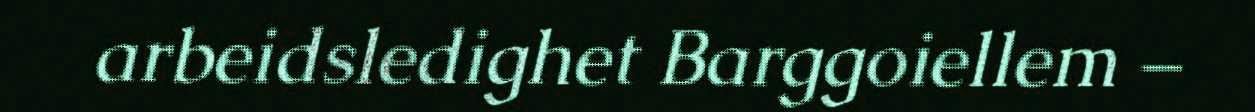
arbeidsledighet Barggoiellem –